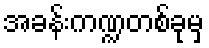
အခန်းကဏ္ဍတစ်ခုမှ